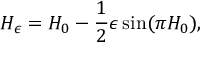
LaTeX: H _ { \epsilon } = H _ { 0 } - \frac { 1 } { 2 } \epsilon \sin ( \pi H _ { 0 } ) ,